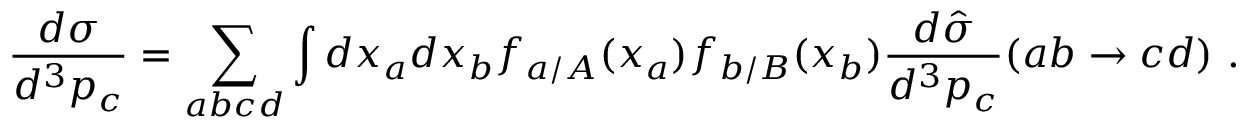
{ \frac { d \sigma } { d ^ { 3 } p _ { c } } } = \sum _ { a b c d } \int d x _ { a } d x _ { b } f _ { a / A } ( x _ { a } ) f _ { b / B } ( x _ { b } ) { \frac { d \hat { \sigma } } { d ^ { 3 } p _ { c } } } ( a b \rightarrow c d ) \ .